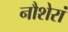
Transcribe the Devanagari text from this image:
नौशेरां